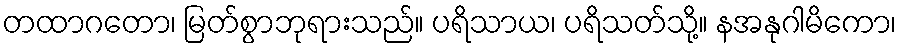
တထာဂတော၊ မြတ်စွာဘုရားသည်။ ပရိသာယ၊ ပရိသတ်သို့။ နအနုဂါမိကော၊